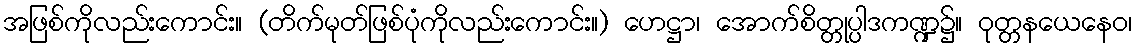
အဖြစ်ကိုလည်းကောင်း။ (တိက်မုတ်ဖြစ်ပုံကိုလည်းကောင်း။) ဟေဋ္ဌာ၊ အောက်စိတ္တုပ္ပါဒကဏ္ဍ၌။ ဝုတ္တနယေနေဝ၊